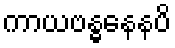
ကာယဗန္ဓနေနပိ